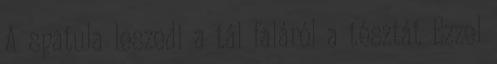
A spatula leszedi a tál faláról a tésztát Ezzel